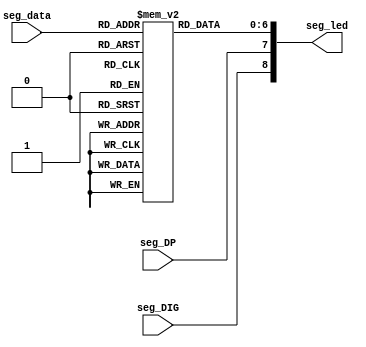

// Module Function: the driver of independent digital of common cathode

module segment_cathode (
  input         seg_DIG,  // Position selection, active low
  input          seg_DP,  // Decimal point, active high
  input  [3:0] seg_data,  // 0~F to be displayed
  output [8:0]  seg_led   // nine signals: MSB~LSB = DIGDPGFEDCBA
);

  // MSB~LSB = GFEDCBA
  reg [6:0] seg [15:0];
  initial
    begin
        seg[0]  = 7'h3f;  // 0
        seg[1]  = 7'h06;  // 1
        seg[2]  = 7'h5b;  // 2
        seg[3]  = 7'h4f;  // 3
        seg[4]  = 7'h66;  // 4
        seg[5]  = 7'h6d;  // 5
        seg[6]  = 7'h7d;  // 6
        seg[7]  = 7'h07;  // 7
        seg[8]  = 7'h7f;  // 8
        seg[9]  = 7'h6f;  // 9
        seg[10] = 7'h77;  // A
        seg[11] = 7'h7c;  // b
        seg[12] = 7'h39;  // C
        seg[13] = 7'h5e;  // d
        seg[14] = 7'h79;  // E
        seg[15] = 7'h71;  // F
    end

  //DIG: position selection(1'b0 = Light, 1'b1 = OFF)
  //DP: decimal point(1'b1 = Light, 1'b0 = OFF)
  assign seg_led = {seg_DIG, seg_DP, seg[seg_data]};

endmodule